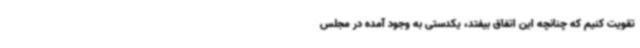
تقویت کنیم که چنانچه این اتفاق بیفتد، یکدستی به وجود آمده در مجلس